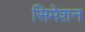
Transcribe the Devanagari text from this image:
सिमेशन